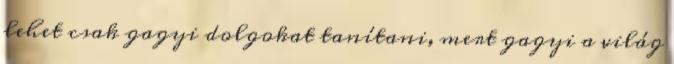
lehet csak gagyi dolgokat tanítani, mert gagyi a világ